Report on the administration of the Government Cinchona Department 1892-98
Year: 1892
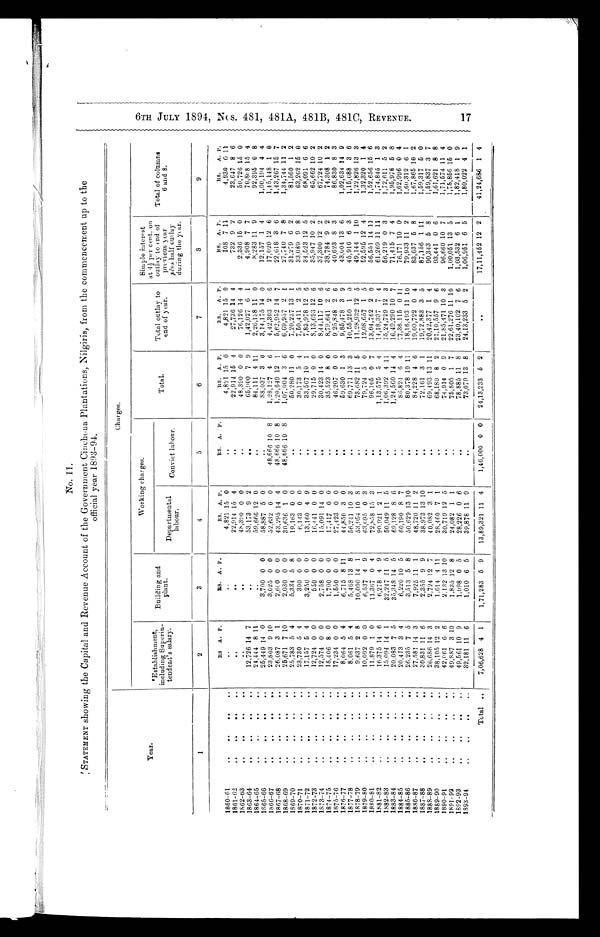
No. 11.
STATEMENT showing the Capital and Revenue Account of the Government Cinchona Plantations, Nilgiris, from the commencement up to the
official year 1893-94.
Year.
Charges.
Establishment,
including Superin-
tendent ' s salary.
Building and
plant.
Working cha r ges.
T o t a l .
Total outlay to
end of year.
Simple interest
at 4½ per cent. on
outlay to end of
previous year
plus half outlay
during the year.
Total of columns
6 and 8.
Departmental
labour.
Convict labour.
1
2
3
4
5
6
7
8
9
RS
A. P.
RS. A. P.
RS. A. P.
RS. A. P.
RS.
A. P.
RS.
A. P.
RS. A. P.
RS.
A. P.
1860-61
..
..
4,821 15 0
..
4,821 15 0
4,821 15 0
108 7 11
4,930 6 11
1861-62
. .
. .
22,914 15 4
..
22,914
15 4
27,736 14 4
732 9 2
23,647 8 6
1662-63
. .
..
48,390 0 0
..
48,390 0 0
76,126 14 4
2,336 15 0
50,726
15 0
1863-64
12,726 14 7
..
53,173 9 2
..
65,900 7 9
1,42,027 6 1
4,908 7 7
70,808 15 4
1864-65
..
..
.. ..
24,444 8 11
..
59,666
12 0
..
84,111 4 11
2,26,138 11 0
8,283 11 9
92,395 0 8
1865-66
25,449 14 0
3,700 0 0
58,887 5 0
..
88,037 3 0
3,14,175 14 0
12,157 1 4
1,00,194 4 4
1866-67
23,803 9 10
3,025 0 0
52,632 0 0
48,666 10
8
1,28,127 4 6
4,42,303 2
8
17,020 12 6
1,45,148 1 0
1867-68
..
.. ..
..
26,087 3 1
2,600 0 0
43,295 14 4
48,666
10 8
1,20,649 12 1
5,62,952 14 7
22,618 3 6
1,43,267 15 7
1868-69
..
..
..
..
25,671 7 10
2,030 0 0
30,636 1 0
48,666
10 8
1,07,004 3 6
6,69,957 2 1
27,740 7 8
1,34,744 11 2
1869-70
25,783 5 4
5,334 5 8
19,163 0
..
50,280 11 0
7,20,237 13 1
31,279 6 2
81,560 1 2
1870-71
. .
..
..
..
23,730 5 4
300 0 0
6,143 0
..
30,173 5 4
7,50,411 2 5
33,089 9 8
63,262 15 0
1871-72
..
.. ..
..
17,157 5 4
3,250 0 0
13,160 4 9
..
33,567 10 1
7,83,978 12 6
34,523 12 5
68,091 6 6
1872-73
..
..
..
..
12,724 0 0
550 0 0
16,441 0 0
..
29,715 0 0
8,13,693 12 6
35,947 10 2
65,662 10 2
1873-74
..
..
..
..
12,574 0 0
2,758 0 0
15,091 14 0
..
30,423 14 0
8,44,117 10 6
37,300 12 2
67,724 10 2
1874-75
..
..
..
..
18,406 8 0
1,700 0 0
17,417 0 0
..
35,523 8 0
8,79,641 2 6
38,784 9 2
74,308 1 2
1875-76
17,234 0 0
1,550 0 0
27,423 0 0
..
46,207 0 0
9,25,848 2 6
40,623 8 3
86,830 8 3
1876-77
8,064 5 4
6,715 8 11
44,850 3 0
..
59,630 1 3
9,85,478 3 9
43,004 13 6
1,02,634 14 9
1877-78
.. .. ..
8,061 5 4
5,468 13 8
56,241 10 3
..
69,771 13 3
10,55,250 1 0
45,916 6 3
1,15,088 3 6
1878-79
..
..
..
9,637 2 8
10,090 14 1
53,954 10
8
..
73,682 11 5
11,28,932 12 5
49,144 1 10
1,22,826 13 3
1879-80
. .
..
..
10,092 0 0
6,537 4 9
63,095 0 3
. . 79,724 5 0
12,08,657 1 5
52,595 12 4
1,32,320 1 4
1880-81
.. .. .. ..
11,879 1 0
11,367 0 4
72,858 15 3
..
96,105 0 7
13,04,762 2 0
56,551 14 11
1,52,656 15 6
1881-82
"
••
.
16,375 14 6
6,278 4 9
90,921 2 1
. .
1,13,575 5 4
14,18,337 7 4
61,269 11 11
1,74,845 1 3
1882-83..
..
.. ..
15,094 14 1
32,247 11 5
50,049 11 5
..
1,06,392 4 11
15,24,729 12 3
56,219 0 3
1,72,611 5 2
1883-84
..
..
..
..
20,083 7 5
35,348 14 5
69,128 8 6
..
1,24,560 14 4
16,49,290 10 7
71,415 7 4
1,95,976 5 8
1884-85
20,413 3 4
6,220 10 5
60,190 8 7
..
86,824 6 4
17,36,115 0 11
76,171 10 0
1,62,996 0 4
1885-86
26,235 7 5
3,513 5 8
50,629 13 10
..
80,378 10 11
18,16,493 11
79,933 11 2
1,60,312 6 1
1886-87..
..
..
..
27,581 14 3
7,925 11 1
48,720 11 2
..
84,228 4 6
19,00,722 0 4
83,637 5 8
1,67,865 10 2
1887-88
30,831 11 6
2,355 9 9
38,973 13
1 0
. . 72,161 3 I
19,72,883 3 5
87,156 1 1 1
1,59,317 5 0
1888-89
26,686 14 3
2,724 12 7
40,082 3 1
. . 69,493 13 11
20,42,377
1 4
90,343 5 8
1,59,837 3 7
1889-90..
..
..
..
38,105 12 2
1,614 4 11
28,460 7 1
..
68,180 8 2
21,10,557 9 6
93,441 0 6
1,61,621 8 8
1890-91
.. ..
42,061 6 6
2,132 13 10
30,719 12 5
..
74,914 0 9
21,85,471 10
96,660 10 7
1,71,574 11 4
1891-92..
..
..
..
49,887 3 10
1,835 12 8
24,082 1 1
..
75,805 1 7
22,61,276 11 10
1,00,051 13 5
1,75,856 15 0
1892-93
49,561 10 9
1,098 0 5
28,226
0 6
..
78,885 11 8
23,40,162 7 6
1,03,532 6 1
1,82,418 1 9
1893-94
32,181 11 6
1,010 6 5
39,878 11
9
. . 73,070
13 8
24,13,233 5 2
1,06,951 6 5
1,80,022 4 1
Total ..
7,06,628 4 1
1,71,283 5 9
13,89,321 11 4
1,46,000 0 0
24,13,233
5 2
..
17,11,452 12 2
41,24,686 1 4